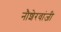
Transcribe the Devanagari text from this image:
नौशेरवांजी